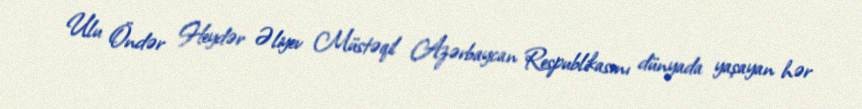
Ulu Öndər Heydər Əliyev Müstəqil Azərbaycan Respublikasını dünyada yaşayan hər